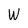
Character: W